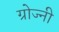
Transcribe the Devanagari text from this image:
ग्रोज्नी